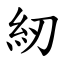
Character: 紉